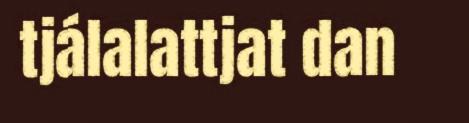
tjálalattjat dan